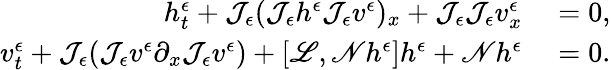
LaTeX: \begin{array}{rl}{h_{t}^{\epsilon}+\mathcal{J}_{\epsilon}(\mathcal{J}_{\epsilon}h^{\epsilon}\mathcal{J}_{\epsilon}v^{\epsilon})_{x}+\mathcal{J}_{\epsilon}\mathcal{J}_{\epsilon}v_{x}^{\epsilon}}&{{}=0,}\\ {v_{t}^{\epsilon}+\mathcal{J}_{\epsilon}(\mathcal{J}_{\epsilon}v^{\epsilon}\partial_{x}\mathcal{J}_{\epsilon}v^{\epsilon})+\left[\mathscr{L},\mathscr{N}h^{\epsilon}\right]h^{\epsilon}+\mathscr{N}h^{\epsilon}}&{{}=0.}\end{array}